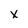
Character: x